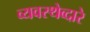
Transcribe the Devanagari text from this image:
व्यवस्थेव्दारे